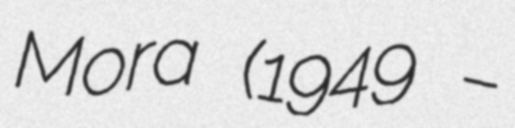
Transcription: Mora (1949 –